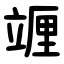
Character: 竰